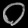
Digit: ၀